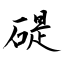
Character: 碮